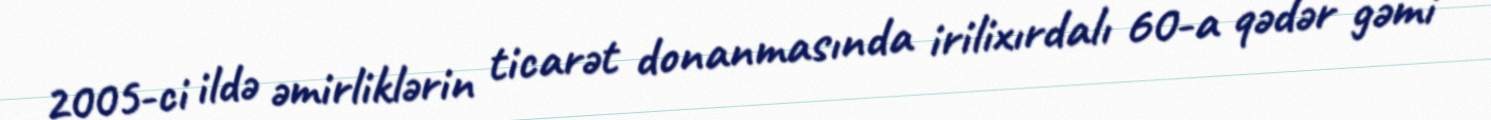
2005-ci ildə əmirliklərin ticarət donanmasında irilixırdalı 60-a qədər gəmi